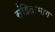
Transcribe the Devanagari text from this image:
संहिताभाग